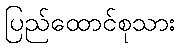
ပြည်ထောင်စုသား